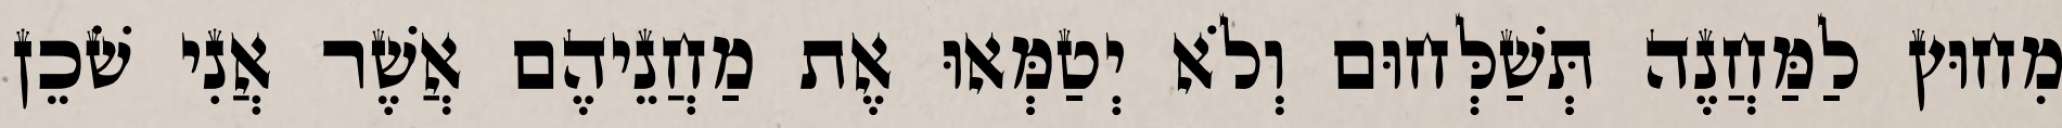
מִחוּץ לַמַּחֲנֶה תְּשַׁלְּחוּם וְלֹא יְטַמְּאוּ אֶת מַחֲנֵיהֶם אֲשֶׁר אֲנִי שֹׁכֵן